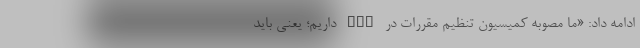
ادامه داد: «ما مصوبه کمیسیون تنظیم مقررات در FCP داریم؛ یعنی باید